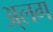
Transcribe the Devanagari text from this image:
अ्लग